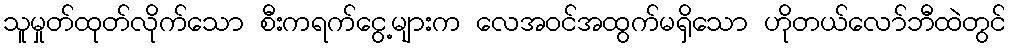
သူမှုတ်ထုတ်လိုက်သော စီးကရက်ငွေ့များက လေအဝင်အထွက်မရှိသော ဟိုတယ်လော်ဘီထဲတွင်